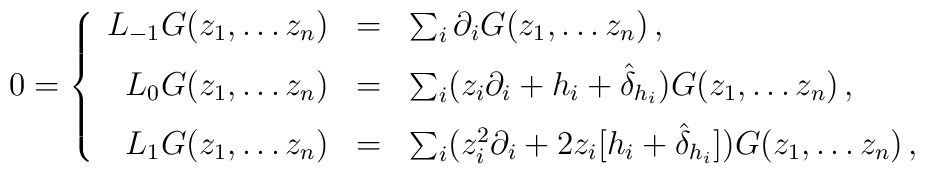
0 = \left\{\begin{array}{rcl}    L_{-1} G(z_1,\ldots z_n) & = & \sum_i\partial_i G(z_1,\ldots z_n)      \,,\\[0.2cm]    L_0 G(z_1,\ldots z_n) & = & \sum_i(z_i\partial_i + h_i +      \hat{\delta}_{h_i})G(z_1,\ldots z_n)\,,\\[0.2cm]    L_1 G(z_1,\ldots z_n) & = & \sum_i(z_i^2\partial_i      + 2z_i[h_i + \hat{\delta}_{h_i}]) G(z_1,\ldots z_n)\,,    \end{array}\right.